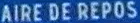
AIREDEREPOS